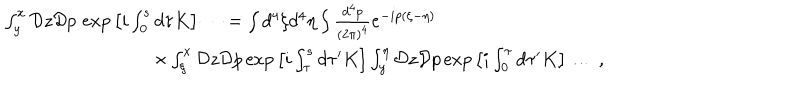
\begin{array} { l } { { \int _ { y } ^ { x } { \cal D } z { \cal D } p \, \exp \big [ i \int _ { 0 } ^ { s } d \tau K \big ] \dots = \int d ^ { 4 } \xi d ^ { 4 } \eta \int { \frac { d ^ { 4 } p } { ( 2 \pi ) ^ { 4 } } } e ^ { - i p ( \xi - \eta ) } } } \\ { { \nonumber \qquad \qquad \qquad \qquad \times \int _ { \xi } ^ { x } { \cal D } z { \cal D } p \exp \big [ i \int _ { \tau } ^ { s } d \tau ^ { \prime } K \big ] \int _ { y } ^ { \eta } { \cal D } z { \cal D } p \exp \big [ i \int _ { 0 } ^ { \tau } d \tau ^ { \prime } K \big ] \dots \ , } } \\ \end{array}